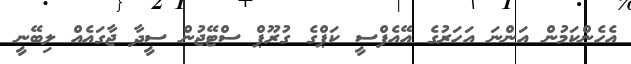
އެހެންކަމުން އަންނަ އަހަރުގެ އޭއެފްސީ ކަޕްގެ ގުރޫޕް ސްޓޭޖުން ސީދާ ޖާގައެއް ލިބޭނީ